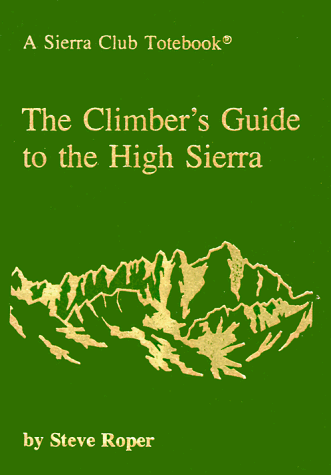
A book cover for The Climber's Guide to the High Sierra (A Sierra Club Totebook); Steve Roper; Sports & Outdoors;